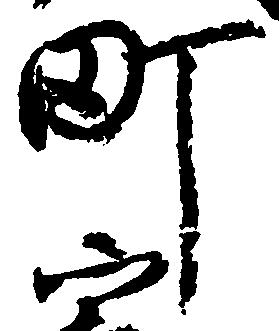
町